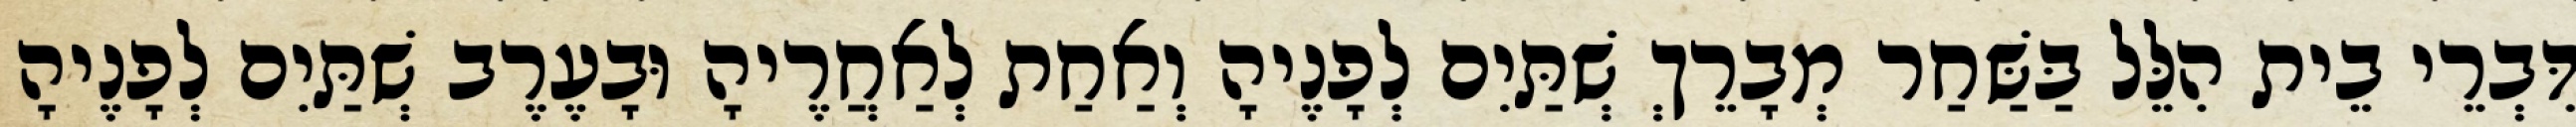
דִּבְרֵי בֵית הִלֵּל בַּשַּׁחַר מְבָרֵךְ שְׁתַּיִם לְפָנֶיהָ וְאַחַת לְאַחֲרֶיהָ וּבָעֶרֶב שְׁתַּיִם לְפָנֶיהָ